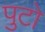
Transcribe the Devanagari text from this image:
पुटो